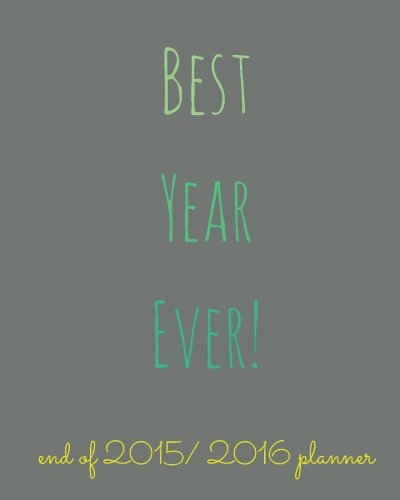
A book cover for Best Year Ever: end of 2015 / 2016 planner (L. Bragonier Designs); L. Bragonier; Self-Help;